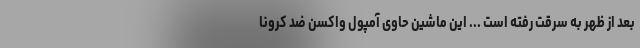
بعد از ظهر به سرقت رفته است ... این ماشین حاوی آمپول واکسن ضد کرونا